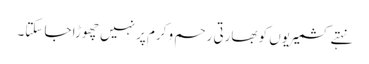
نہتے کشمیریوں کو بھارتی رحم و کرم پر نہیں چھوڑا جا سکتا۔